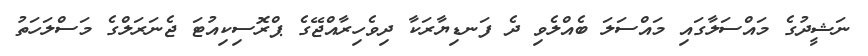
ނަޝީދުގެ މައްސަލާގައި މައްސަލަ ބެއްލެވި ދެ ފަނޑިޔާރަކާ ދިވެހިރާއްޖޭގެ ޕްރޮސިކިއުޓަ ޖެނަރަލްގެ މަސްލަހަތު